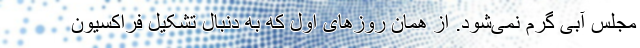
مجلس آبی گرم نمی‌شود. از همان روزهای اول که به دنبال تشکیل فراکسیون